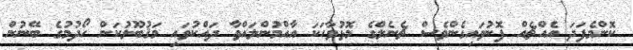
ކޮންމެފަދަ އެއްޗެއް ފޮނުވައިގެންވެސް ޗެނެލްގެ މޮޅުވާހަކަ އާއްމުންލައްވާ ދައްކުވައި މަޤުބޫލުކަން ހޯދުމުގެ ބޭނުން